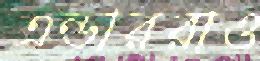
এন্ডাররাও